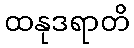
ထနုဒရာတိ